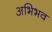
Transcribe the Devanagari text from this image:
अभिभव